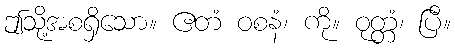
ဤသို့အစရှိသော။ ဧတံ ဝစနံ၊ ကို။ ဝုတ္တံ၊ ပြီ။